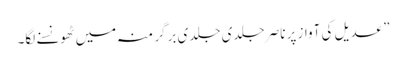
” عدیل کی آواز پر ناصر جلدی جلدی برگر منہ میں ٹھونسنے لگا۔